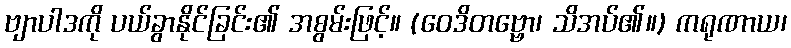
ဗျာပါဒကို ပယ်ခွာနိုင်ခြင်း၏ အစွမ်းဖြင့်။ (ဝေဒိတဗ္ဗော၊ သိအပ်၏။) ကရုဏာယ၊